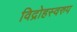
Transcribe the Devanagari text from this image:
विद्रोहस्वरुप